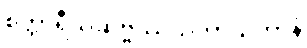
စတ္တာရီသဆဗ္ဗဿသတာယုကာနံ